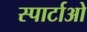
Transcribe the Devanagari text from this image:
स्पार्टाओ